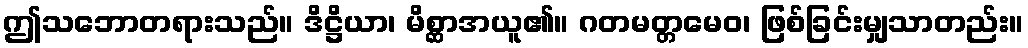
ဤသဘောတရားသည်။ ဒိဋ္ဌိယာ၊ မိစ္ဆာအယူ၏။ ဂတမတ္တမေဝ၊ ဖြစ်ခြင်းမျှသာတည်း။